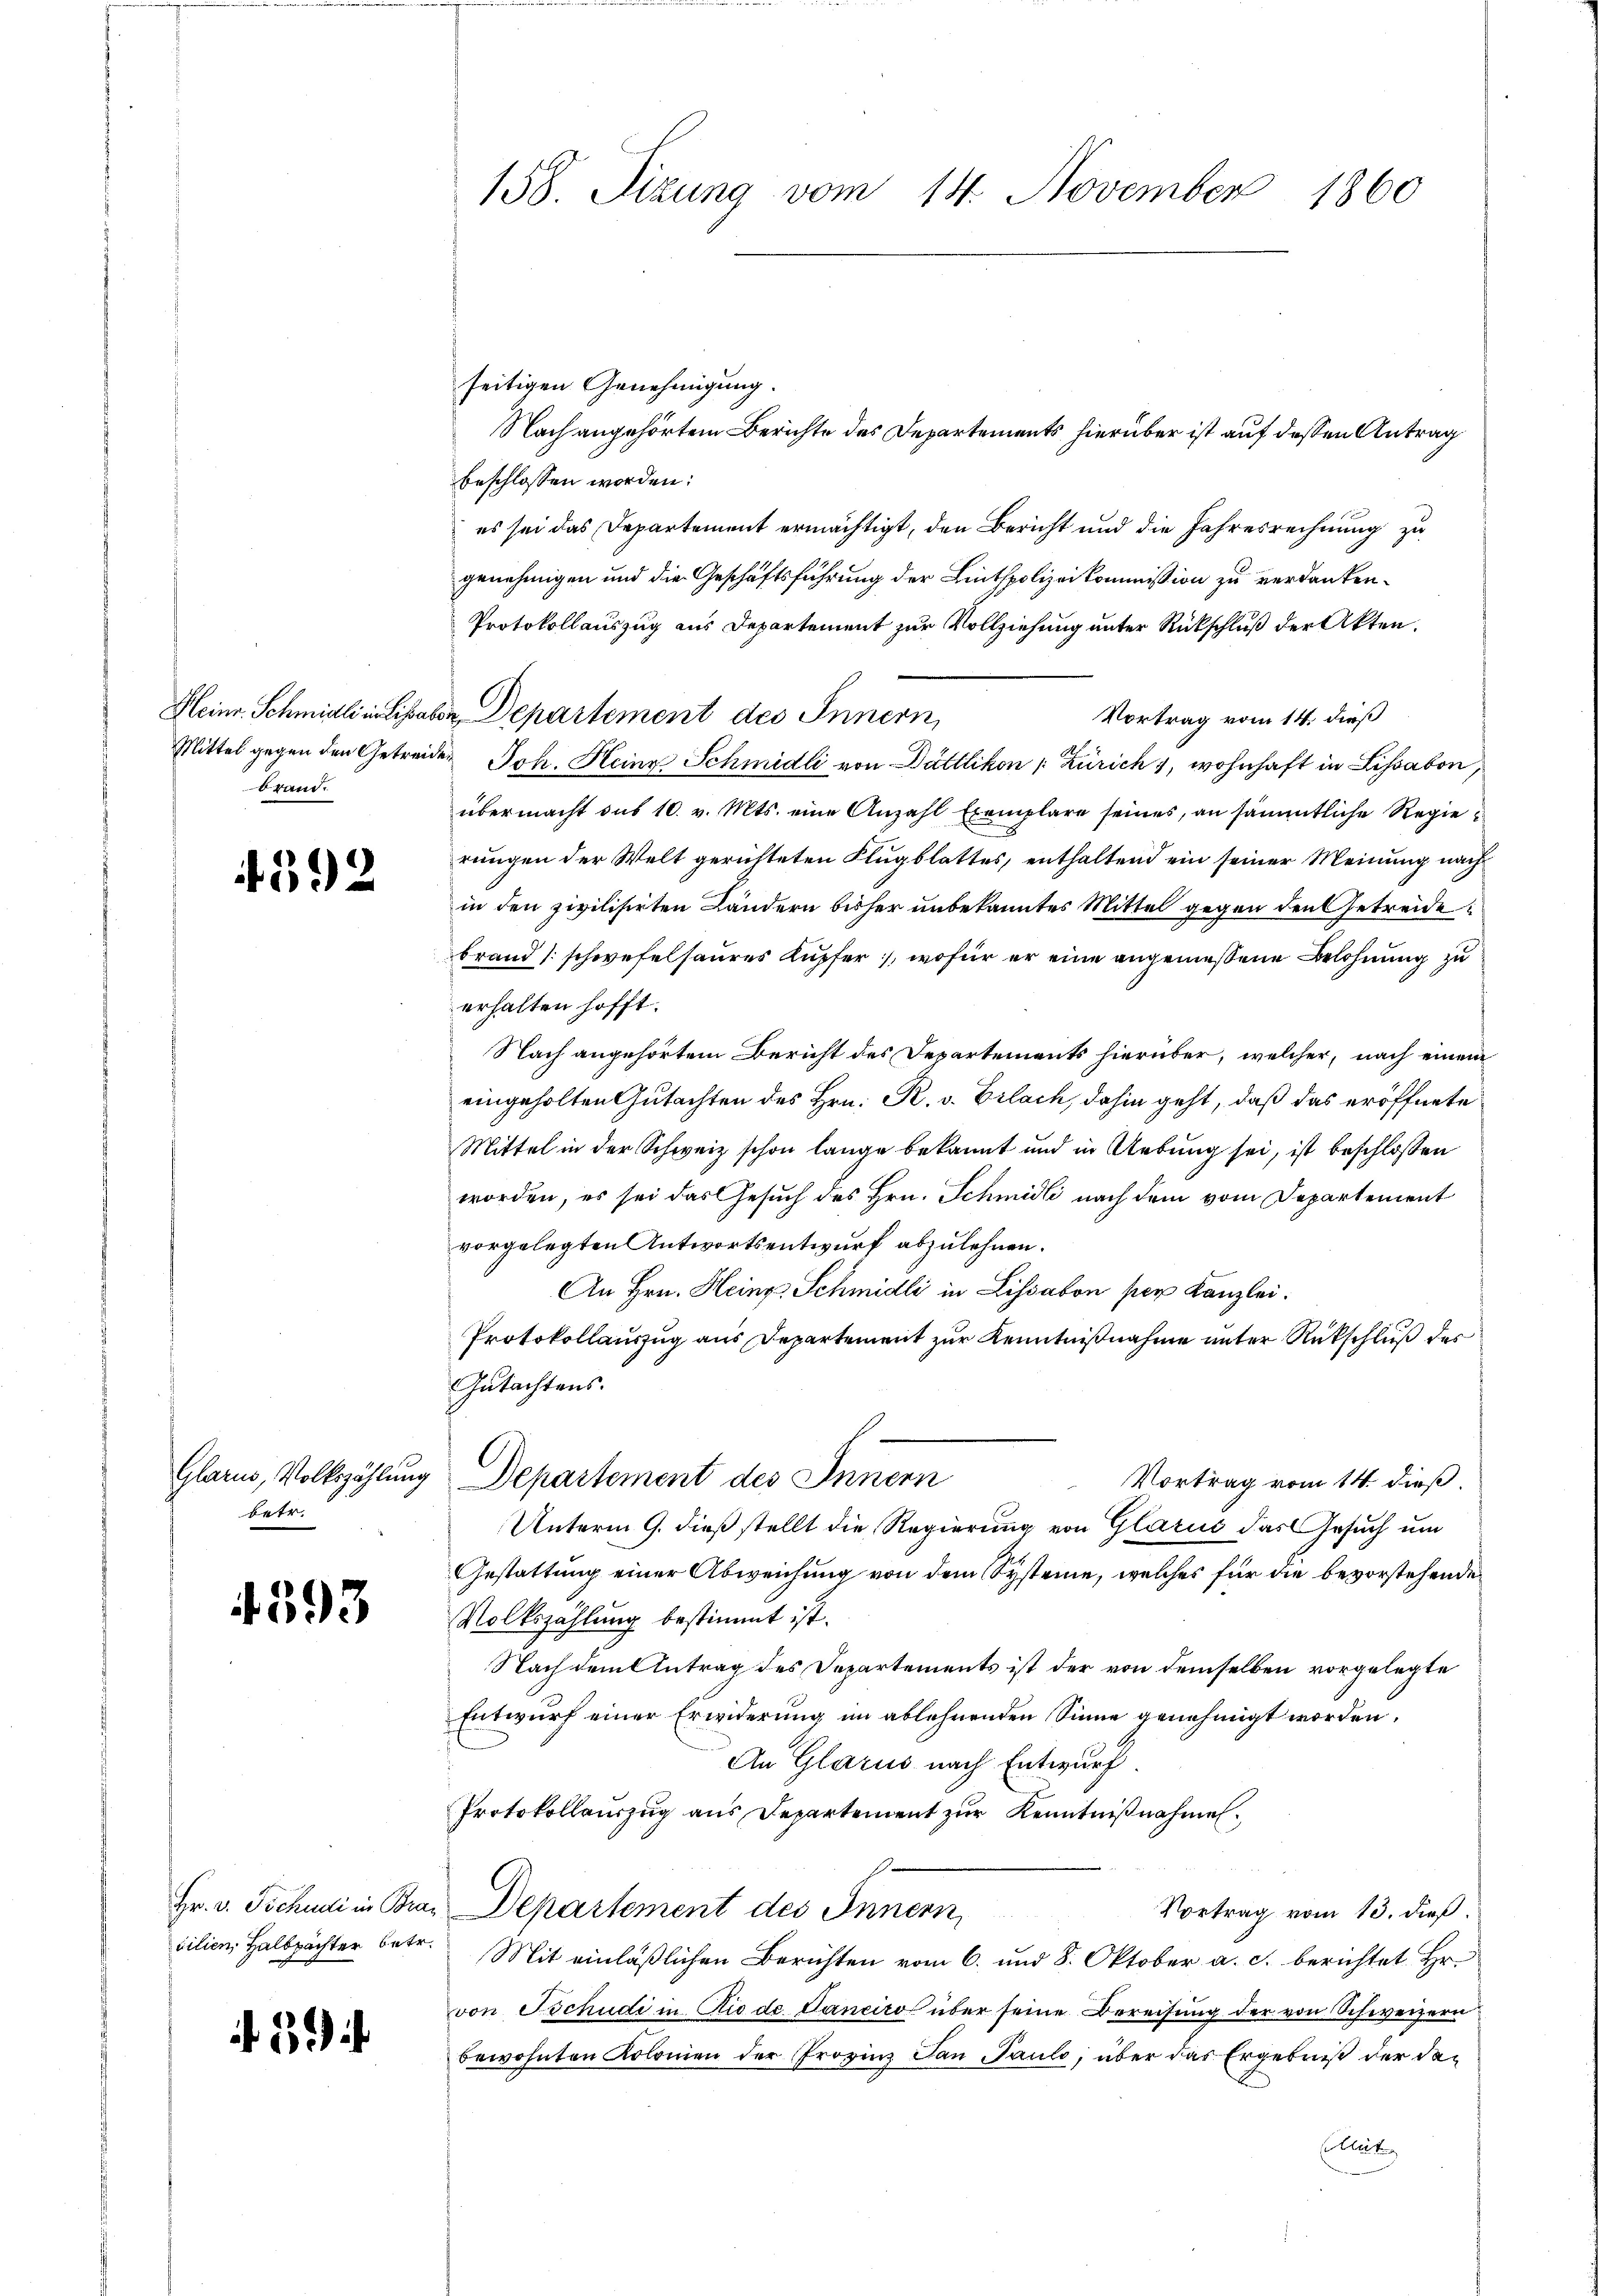
brand.

betr.

4592

4593

seitigen Genehmigung.
Nach angehörtem Berichte des Departements hierüber ist auf dessen Antrag
beschlossen worden:
es sei das Departement ermächtigt, den Bericht und die Jahresrechnung zu
genehmigen und die Geschäftsführung der Linthpolizeikommission zu verdanken¬
Protokollauszug aus Departement zur Vollziehung unter Rückschluß der Akten.
Vortrag vom 14. dieß
Mittel gegen den Getreide Joh. Heine Schmidli von Dättlikon [Zürich, wohnhaft in Lissabon,
übermacht aus 10. v. Mts. eine Anzahl Exemplare seines, an sämmtliche Regierungen der Welt gerichteten Flugblattes, enthaltend ein seiner Meinung nach
in den zivilisirten Ländern bisher unbekanntes Mittel gegen den Getreide
brand (schwefelsaures Kupfer, wofür er eine angemessene Belohnung zu
erhalten hofft.
Nach angehörtem Bericht des Departements hierüber, welcher, nach einem
eingeholten Gutachten des Hrn. R. v. Erlach, dahin geht, daß das eröffnete
Mittel in der Schweiz schon lange bekannt und in Uebung sei, ist beschlossen
worden, es sei das Gesuch des Hrn. Schmidli nach dem vom Departement
vorgelegten Antwortsentwurf abzulehnen.
An Hrn. Heinz Schmidli in Lissabon per Kanzlei.
Protokollauszug aus Departement zur Kenntnißnahme unter Rückschluß des
Gutachtens.
Glarus, Volkszählung Departement des Innern
Vortrag vom 14. dieß.
Unterm 9. dieß stellt die Regierung von Glarus das Gesuch um
Gestattung einer Abweichung von dem Systeme, welches für die bevorstehende
Volkszählung bestimmt ist.
Nach dem Antrag des Departements ist der von demselben vorgelegte
Entwurf einer Erwiderung im ablehnenden Sinne genehmigt worden.
An Glarus nach Entwurf.
Protokollauszug aus Departement zur Kenntnißnahmen¬
Hr. v. Tschudi in Bras Departement des Innern,
Vortrag vom 13. dieß.
vilien, Halbpächter betr. Mit einläßlichen Berichten vom 6. und 8. Oktober a. c. berichtet Hr.
von Tschudi in Rio de Canciro über seine Bereisung der von Schweizern
bewohnten Kolonien der Prozinz dan Paulo; über das Ergebniß der da¬
Aleite

158. Sizung vom 14. November 1860

Kleinr. Schmidli in Lisabon Departement des Innern,